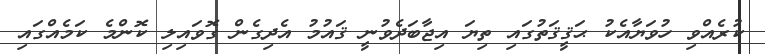
ކުރެއްވި ހުވަޔާއެކު ޙަޤީޤަތުގައި ތިޔަ އިޖާބަދެވުނީ ޤައުމު އެދިގެން ގޮވައިލި ކޮންމެ ކަމެއްގައި